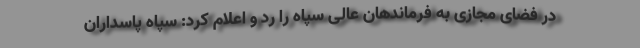
در فضای مجازی به فرماندهان عالی سپاه را رد و اعلام کرد: سپاه پاسداران